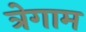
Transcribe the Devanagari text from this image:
त्रेगाम